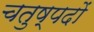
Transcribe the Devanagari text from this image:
चतुष्पदों